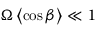
\Omega \left\langle \cos \beta \right\rangle \ll 1